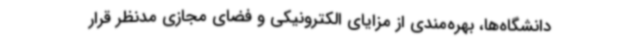
دانشگاه‌ها، بهره‌مندی از مزایای الکترونیکی و فضای مجازی مدنظر قرار